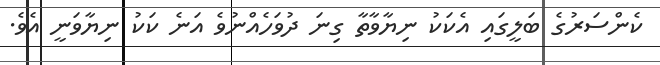
ކެންސަރުގެ ބަލީގައި އެކަކު ނިޔާވާތާ ގިނަ ދުވަހެއްނުވެ އަނެ ކަކު ނިޔާވަނީ އެވެ.